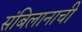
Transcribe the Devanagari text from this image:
संबिलानाची